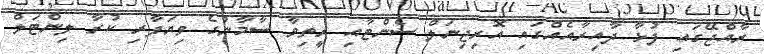
ރާއްޖޭގައި ފުޅާ ދާއިރާއެއްގައި އޮރިޖިނަލް ސެންޓާއި ރީތިވާ ސާމާނުގެ ވިޔަފާރި ކުރާ ލިންޓަލް